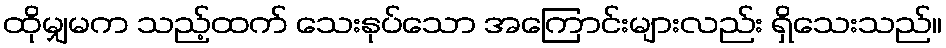
ထိုမျှမက သည့်ထက် သေးနုပ်သော အကြောင်းများလည်း ရှိသေးသည်။